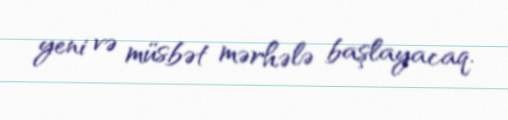
yeni və müsbət mərhələ başlayacaq.